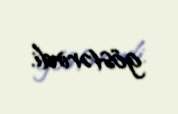
göstərirdi.